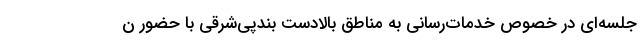
جلسه‌ای در خصوص خدمات‌رسانی به مناطق بالادست بندپی‌شرقی با حضور ن